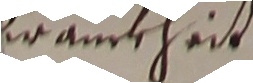
krantheit